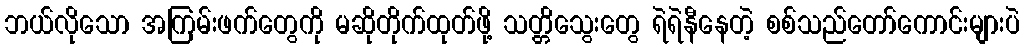
ဘယ်လိုသော အကြမ်းဖက်တွေကို မဆိုတိုက်ထုတ်ဖို့ သတ္တိသွေးတွေ ရဲရဲနီနေတဲ့ စစ်သည်တော်ကောင်းများပဲ